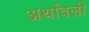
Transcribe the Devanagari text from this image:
अर्थावली